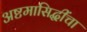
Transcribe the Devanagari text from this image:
अष्टमासिद्धींचा